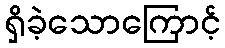
ရှိခဲ့သောကြောင့်